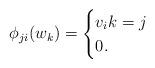
LaTeX: \begin{align*}\phi_{ji}(w_k)= \begin{cases} v_i k=j \\ 0 . \end{cases}\end{align*}